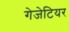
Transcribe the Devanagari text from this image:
गेजेटियर